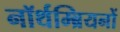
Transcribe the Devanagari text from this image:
नॉर्थम्ब्रियनों